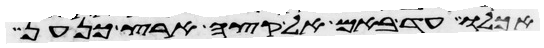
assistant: אכלו עד באם אל קצה ארץ כנען